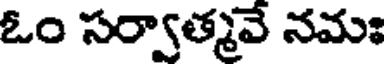
ఓం సర్వాత్మవే నమః